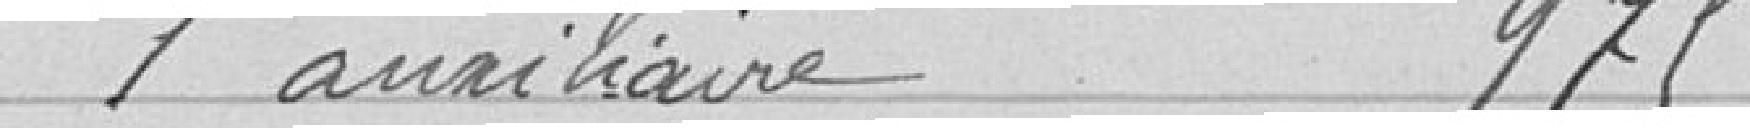
1 auxiliaire 975